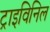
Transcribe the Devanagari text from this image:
ट्राइविनिल